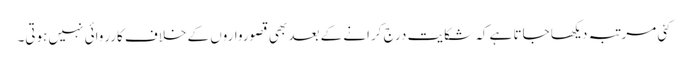
کئی مرتبہ دیکھا جاتا ہے کہ شکایت درج کرانے کے بعد بھی قصورواروں کے خلاف کارروائی نہیں ہوتی۔